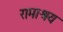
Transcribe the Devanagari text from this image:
रामाश्रय